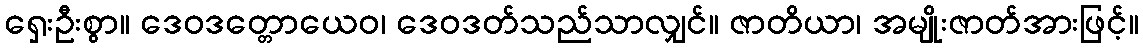
ရှေးဦးစွာ။ ဒေဝဒတ္တောယေဝ၊ ဒေဝဒတ်သည်သာလျှင်။ ဇာတိယာ၊ အမျိုးဇာတ်အားဖြင့်။